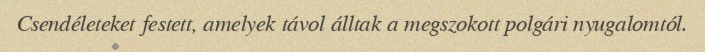
Csendéleteket festett, amelyek távol álltak a megszokott polgári nyugalomtól.